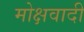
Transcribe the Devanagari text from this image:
मोक्षवादी